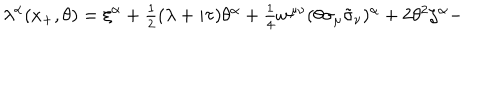
\lambda ^ { \alpha } ( x _ { + } , \theta ) = \xi ^ { \alpha } + \textstyle { \frac { 1 } { 2 } } ( \lambda + i \tau ) \theta ^ { \alpha } + \textstyle { \frac { 1 } { 4 } } w ^ { \mu \nu } ( \theta \sigma _ { \mu } \tilde { \sigma } _ { \nu } ) ^ { \alpha } + 2 \theta ^ { 2 } \zeta ^ { \alpha } -